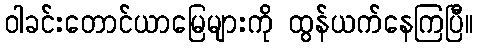
ဝါခင်းတောင်ယာမြေများကို ထွန်ယက်နေကြပြီ။